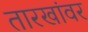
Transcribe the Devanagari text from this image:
तारखांवर